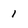
Character: 1